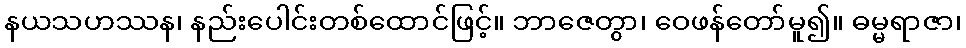
နယသဟဿန၊ နည်းပေါင်းတစ်ထောင်ဖြင့်။ ဘာဇေတွာ၊ ဝေဖန်တော်မူ၍။ ဓမ္မရာဇာ၊